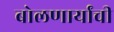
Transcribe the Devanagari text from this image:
बोलणार्यांची